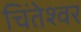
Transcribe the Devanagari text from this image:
चिंतेश्वर